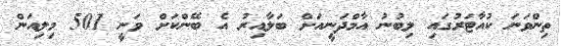
ތިންވަނަ ކުއާޓަރުގައި ލިބުނު އާމްދަނީއަށް ބަލާއިރު އެ ބޭންކަށް ވަނީ 501 މިލިއަން